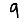
Digit: 9